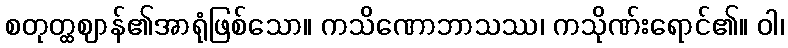
စတုတ္ထဈာန်၏အာရုံဖြစ်သော။ ကသိဏောဘာသဿ၊ ကသိုဏ်းရောင်၏။ ဝါ၊